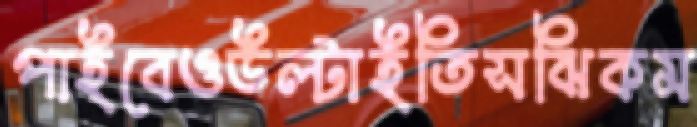
পাইবেওউল্‌টাইতিসঝিকম